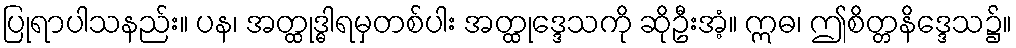
ပြုရာပါသနည်း။ ပန၊ အတ္ထုဒ္ဓါရမှတစ်ပါး အတ္ထုဒ္ဒေသကို ဆိုဦးအံ့။ ဣဓ၊ ဤစိတ္တနိဒ္ဒေသ၌။